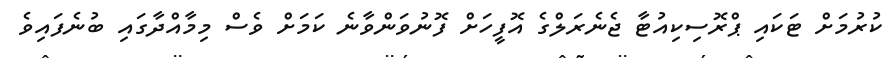
ކުރުމަށް ޓަކައި ޕްރޮސިކިއުޓާ ޖެނެރަލްގެ އޮފީހަށް ފޮނުވަންވާނެ ކަމަށް ވެސް މިމާއްދާގައި ބުނެފައިވެ